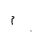
Letter: _mim